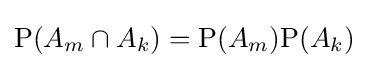
\mathrm {P} (A_{m}\cap A_{k})=\mathrm {P} (A_{m})\mathrm {P} (A_{k})